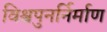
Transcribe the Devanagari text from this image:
विश्वपुनर्निर्माण